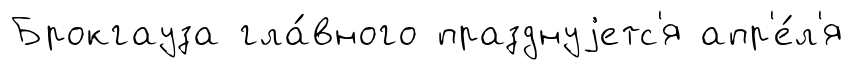
Брокгауза гла́вного празднуjетс'я апр'е́л'я